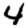
Digit: 4